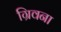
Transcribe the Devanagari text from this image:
ग्रिवना